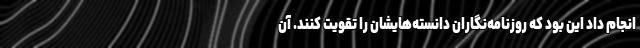
انجام داد این بود که روزنامه‌نگاران دانسته‌هایشان را تقویت کنند. آن